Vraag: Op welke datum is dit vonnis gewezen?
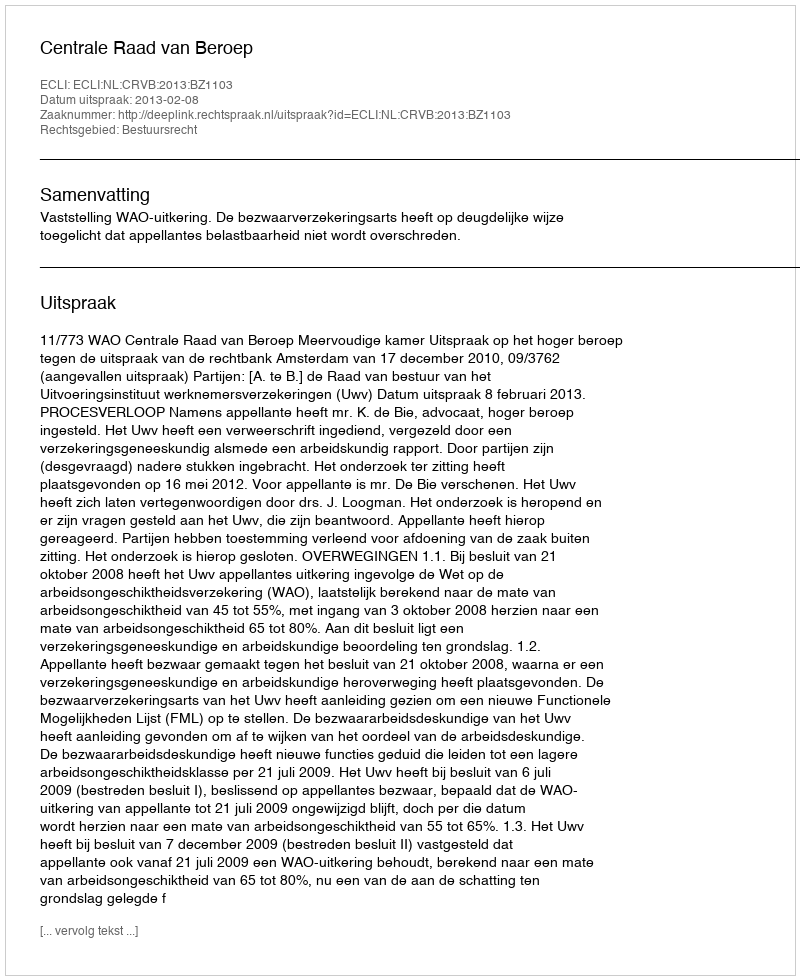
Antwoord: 2013-02-08